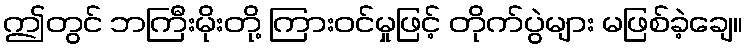
ဤတွင် ဘကြီးမိုးတို့ ကြားဝင်မှုဖြင့် တိုက်ပွဲများ မဖြစ်ခဲ့ချေ။